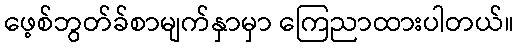
ဖေ့စ်ဘွတ်ခ်စာမျက်နှာမှာ ကြေညာထားပါတယ်။